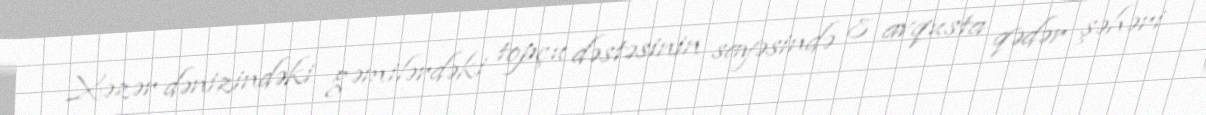
Xəzər dənizindəki gəmilərdəki topçu dəstəsinin sayəsində 8 avqusta qədər şəhəri